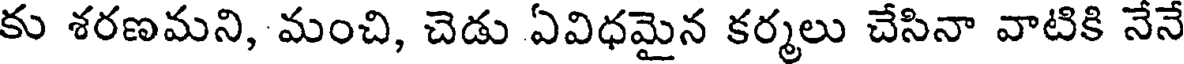
కు శరణమని, మంచి, చెడు ఏవిధమైన కర్మలు చేసినా వాటికి నేనే